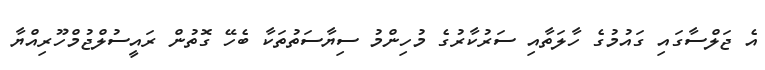
އެ ޖަލްސާގައި ގައުމުގެ ހާލަތާއި ސަރުކާރުގެ މުހިންމު ސިޔާސަތުތަކާ ބެހޭ ގޮތުން ރައީސުލްޖުމްހޫރިއްޔާ